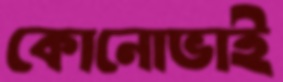
কোনোভাই